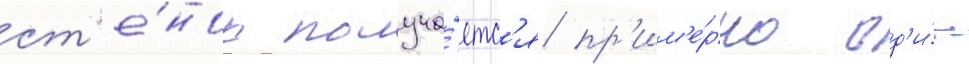
ст'е́нок получа́етс'я пр'им'е́рно од'и́н